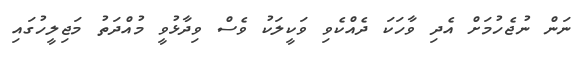
ނަން ނުޖެހުމަށް އެދި ވާހަކަ ދެއްކެވި ވަކީލަކު ވެސް ވިދާޅުވީ މުއްދަތު މަޖިލީހުގައި